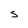
Character: S